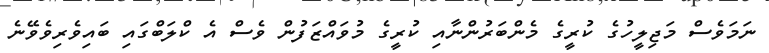
ނަމަވެސް މަޖިލީހުގެ ކުރީގެ މެންބަރުންނާއި ކުރީގެ މުވައްޒަފުން ވެސް އެ ކްލަބްގައި ބައިވެރިވެވޭނެ